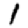
Digit: 1